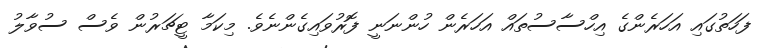
ފަހަތުގައި އަހަރެންގެ އިހްސާސުތައް އަހަރެން ހުންނަނީ ފޮރުވައިގެންނެވެ. މިކަމާ ޓީޗަރުން ވެސް ސުވާލު